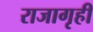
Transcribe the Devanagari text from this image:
राजागृही